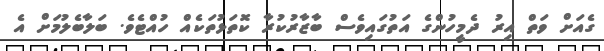
ގެއަށް ވަތް އިރު ދެމީހުންގެ އަތުގައިވެސް ބާޒާރުކުރާ ކޮތަޅުތަކެއް ހުއްޓެވެ. ބަލާބެލުމަށް އެ